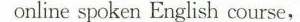
online spoken English course,